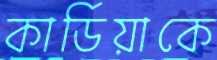
কার্ডিয়াকে